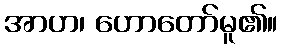
အာဟ၊ ဟောတော်မူ၏။